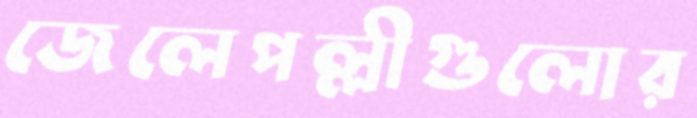
জেলেপল্লীগুলোর